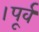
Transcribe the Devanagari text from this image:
।पूर्व